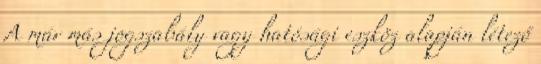
A már más jogszabály vagy hatósági eszköz alapján létező